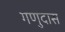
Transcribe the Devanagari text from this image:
गणुदास